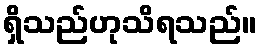
ရှိသည်ဟုသိရသည်။